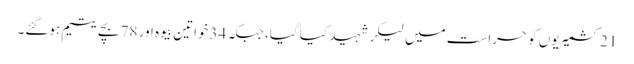
21کشمیریوں کو حراست میں لیکر شہید کیا گیا، جبکہ 34خواتین بیوہ اور 78بچے یتیم ہوگئے۔